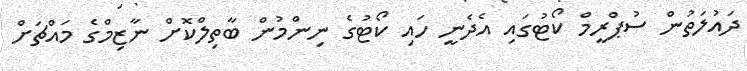
ދައުލަތުން ސުޕްރީމް ކޯޓުގައި އެދެނީ ހައި ކޯޓުގެ ނިންމުން ބާތިލްކޮށް ނާޒިމްގެ މައްޗަށް